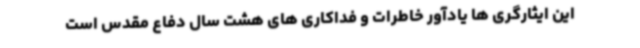
این ایثارگری ها یادآور خاطرات و فداکاری های هشت سال دفاع مقدس است